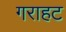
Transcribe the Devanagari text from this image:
गराहट